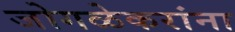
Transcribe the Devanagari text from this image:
जोगळेकरांना